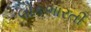
લોકભારતી